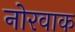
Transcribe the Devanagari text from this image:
नोरवाक